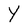
Character: Y